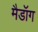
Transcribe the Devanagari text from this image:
मैडॉग